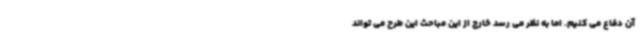
آن دفاع می کنیم. اما به نظر می رسد خارج از این مباحث این طرح می تواند